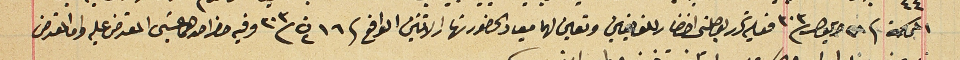
المحكمة فى ٢٨ ايلول /٣٠٣ فعليه تحرر بوصلتى احضار للغايبين وتعين لهما ميعاد الحضور نهار الاثنين الواقع فى ١٦ ت٢ / ٣٠٣ وفيه حضر احدهما عيسَى المعترض عليه واما المعترض